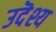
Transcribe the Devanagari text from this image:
उदॆश्य